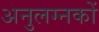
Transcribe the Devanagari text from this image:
अनुलग्नकों